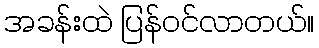
အခန်းထဲ ပြန်ဝင်လာတယ်။